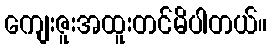
ကျေးဇူးအထူးတင်မိပါတယ်။